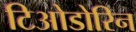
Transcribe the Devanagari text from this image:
टिओडोरिन